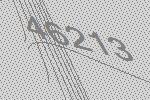
46213